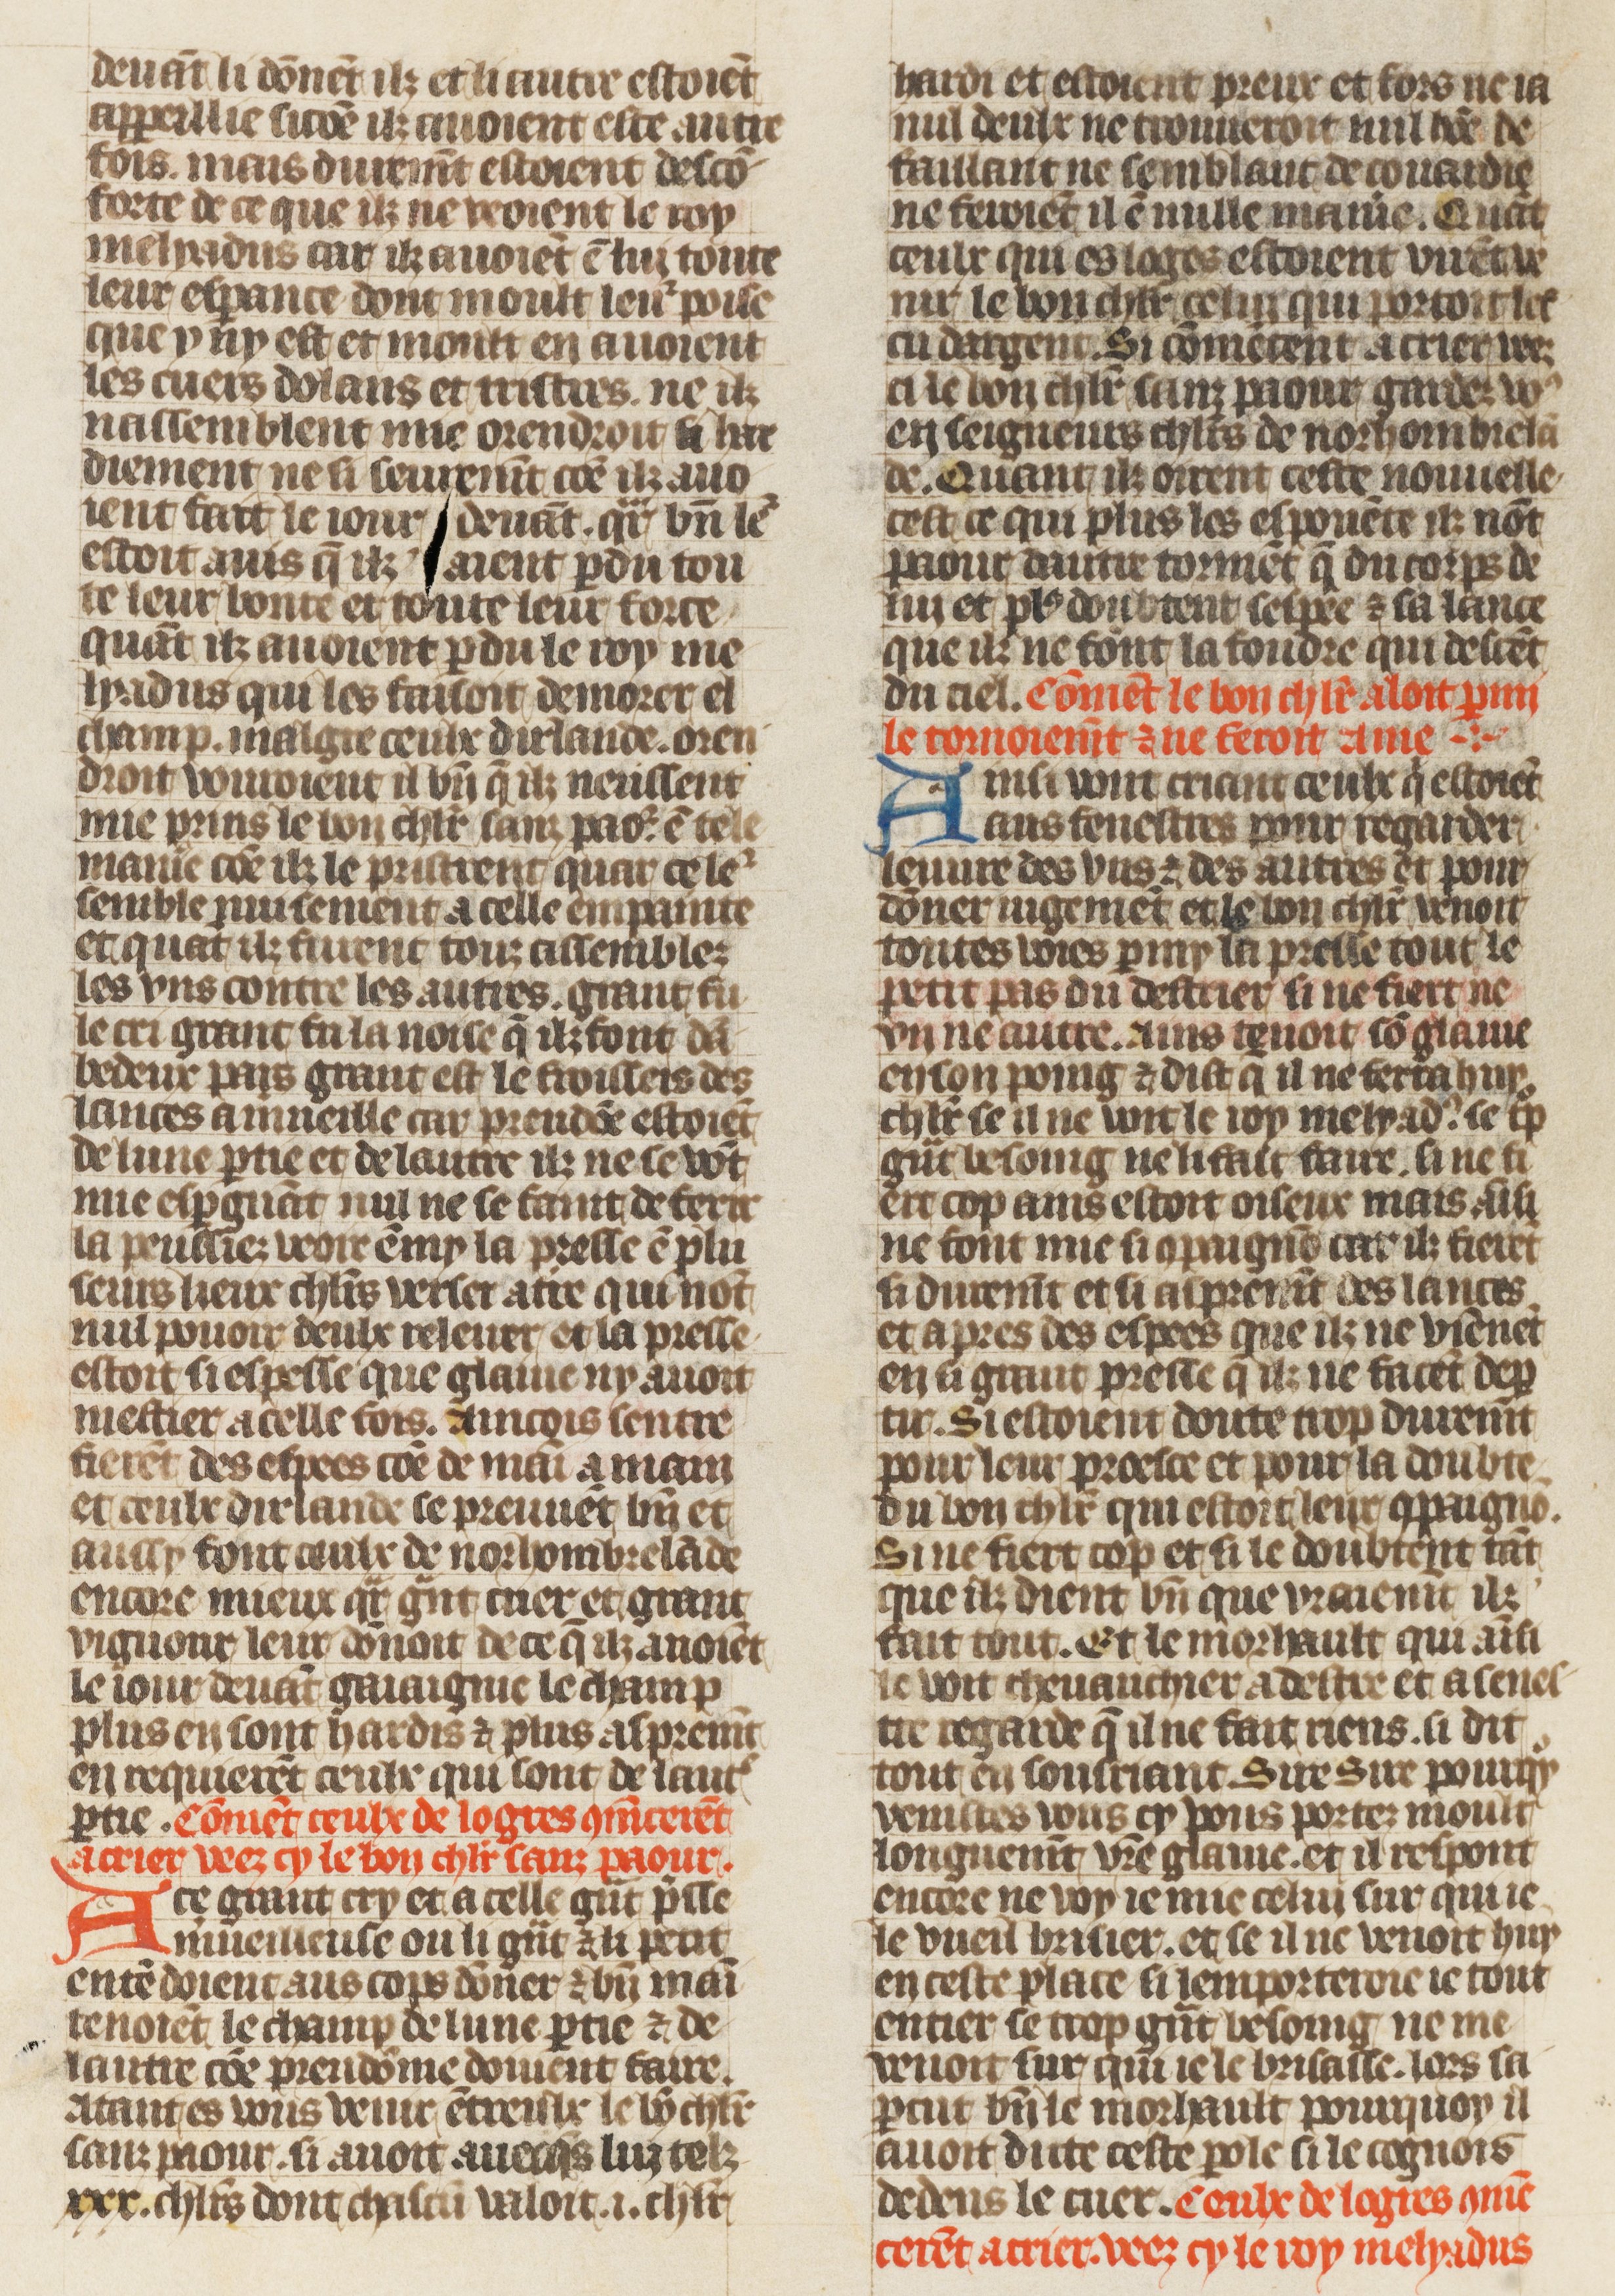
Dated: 1410–1430